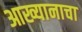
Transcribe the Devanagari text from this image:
आख्यानाचा